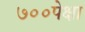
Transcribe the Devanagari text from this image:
७००पेक्षा